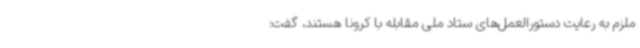
ملزم به رعایت دستورالعمل‌های ستاد ملی مقابله با کرونا هستند، گفت: